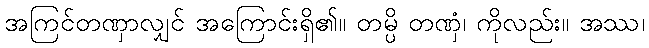
အကြင်တဏှာလျှင် အကြောင်းရှိ၏။ တမ္ပိ တဏှံ၊ ကိုလည်း။ အဿ၊